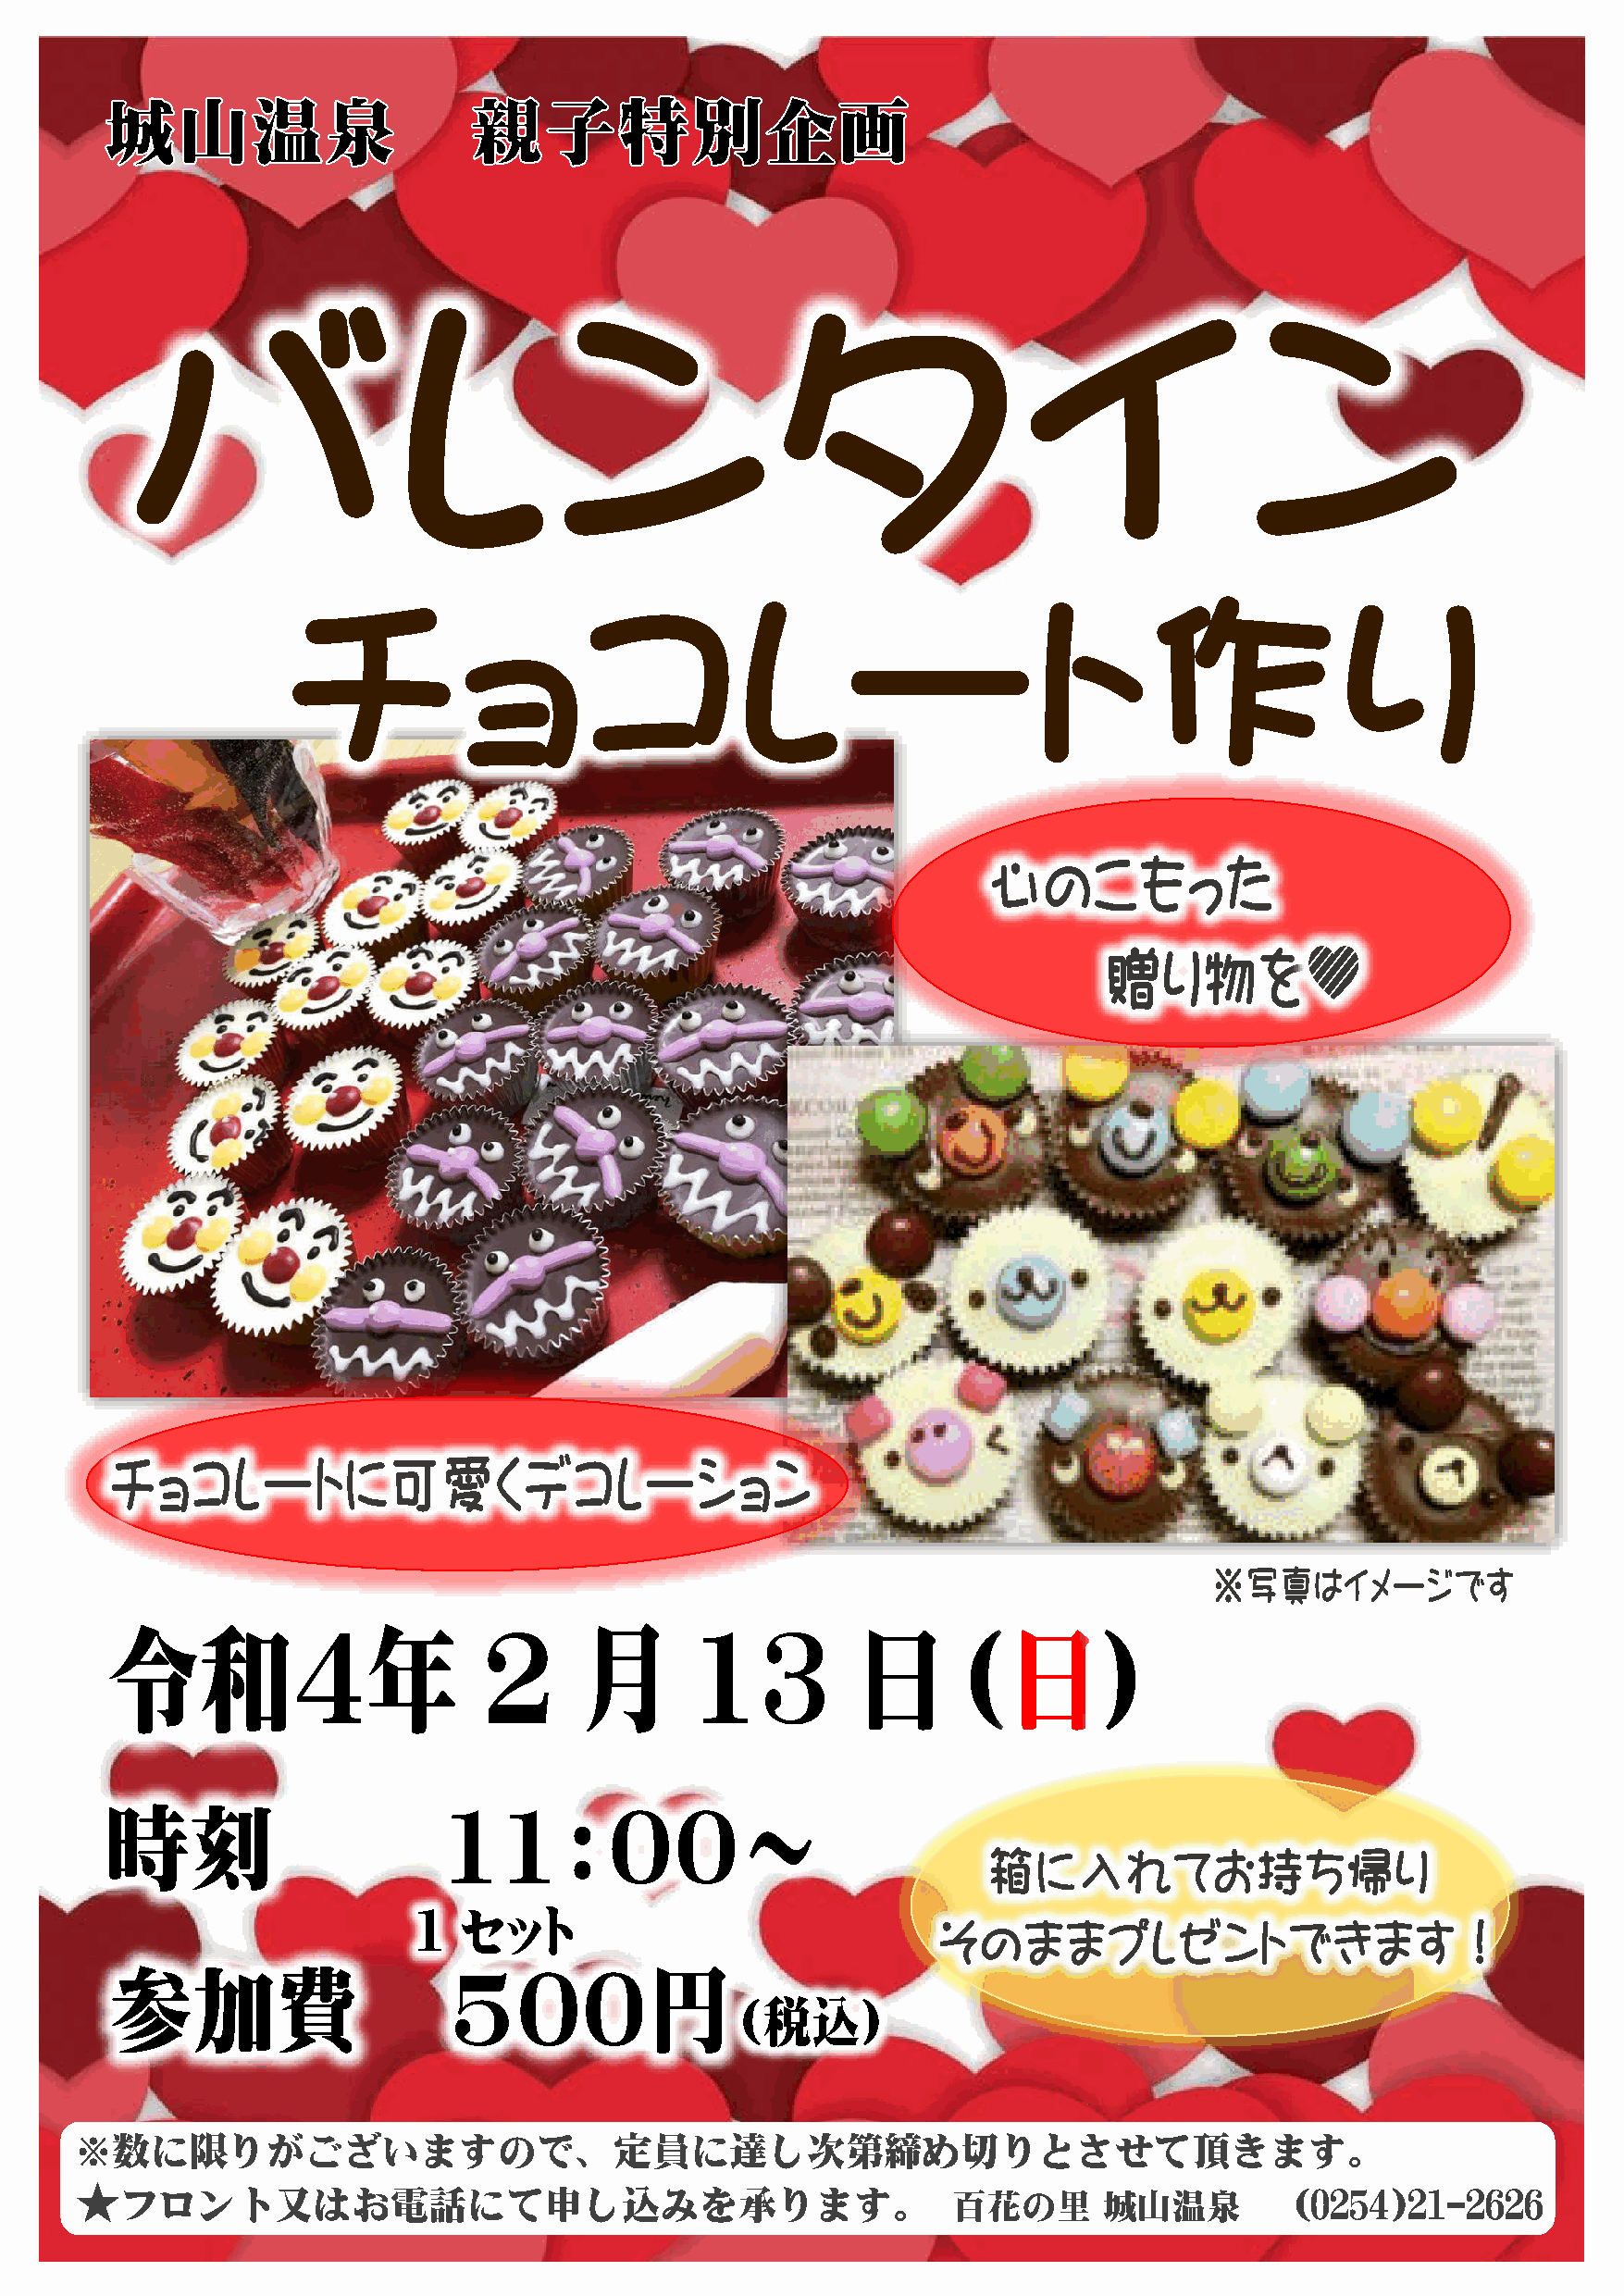
※数に限りがございますので、定員に達し次第締め切りとさせて頂きます。
 ★
 フロント又はお電話にて申し込みを承ります。                                      百花の里       城山温泉         (0254)21-2626